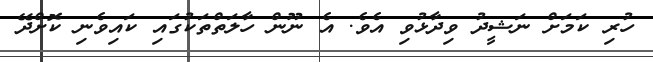
ހުރި ކަމަށް ނަޝީދު ވިދާޅުވި އެވެ. އެ ނޫން ހާލަތްތަކުގައި ކައިވެނި ކޮށްދޭ